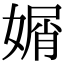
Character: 𡟩